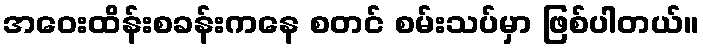
အဝေးထိန်းစခန်းကနေ စတင် စမ်းသပ်မှာ ဖြစ်ပါတယ်။